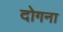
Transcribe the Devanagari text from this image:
दोगना